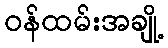
ဝန်ထမ်းအချို့